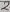
Text: 8